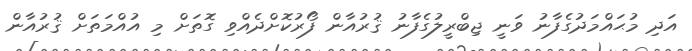
އަދި މުޙައްމަދުގެފާނު ވަނީ ޖިބްރީލުގެފާނު ޤުރުއާން ފޯރުކޮށްދެއްވި ގޮތަށް މި އުއްމަތަށް ޤުރުއާން